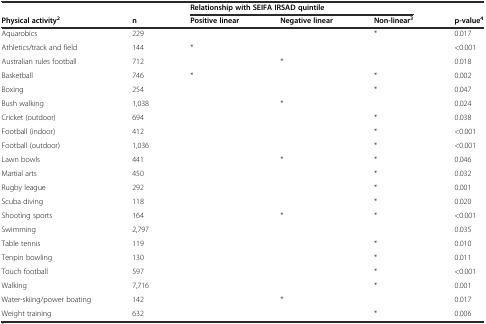
<table><thead><tr><td></td><td></td><td colspan="3"><b>Relationship with SEIFA IRSAD quintile</b></td><td></td></tr><tr><td><b>Physical activity<sup>2</sup></b></td><td><b>n</b></td><td><b>Positive linear</b></td><td><b>Negative linear</b></td><td><b>Non-linear<sup>3</sup></b></td><td><b>p-value<sup>4</sup></b></td></tr></thead><tbody><tr><td>Aquarobics</td><td>229</td><td></td><td></td><td>*</td><td>0.017</td></tr><tr><td>Athletics/track and field</td><td>144</td><td>*</td><td></td><td></td><td>&lt;0.001</td></tr><tr><td>Australian rules football</td><td>712</td><td></td><td>*</td><td></td><td>0.018</td></tr><tr><td>Basketball</td><td>746</td><td>*</td><td></td><td>*</td><td>0.002</td></tr><tr><td>Boxing</td><td>254</td><td></td><td></td><td>*</td><td>0.047</td></tr><tr><td>Bush walking</td><td>1,038</td><td></td><td>*</td><td></td><td>0.024</td></tr><tr><td>Cricket (outdoor)</td><td>694</td><td></td><td></td><td>*</td><td>0.038</td></tr><tr><td>Football (indoor)</td><td>412</td><td></td><td></td><td>*</td><td>&lt;0.001</td></tr><tr><td>Football (outdoor)</td><td>1,036</td><td></td><td></td><td>*</td><td>&lt;0.001</td></tr><tr><td>Lawn bowls</td><td>441</td><td></td><td>*</td><td>*</td><td>0.046</td></tr><tr><td>Martial arts</td><td>450</td><td></td><td></td><td>*</td><td>0.032</td></tr><tr><td>Rugby league</td><td>292</td><td></td><td></td><td>*</td><td>0.001</td></tr><tr><td>Scuba diving</td><td>118</td><td></td><td></td><td>*</td><td>0.020</td></tr><tr><td>Shooting sports</td><td>164</td><td></td><td>*</td><td>*</td><td>&lt;0.001</td></tr><tr><td>Swimming</td><td>2,797</td><td></td><td></td><td></td><td>0.035</td></tr><tr><td>Table tennis</td><td>119</td><td></td><td></td><td>*</td><td>0.010</td></tr><tr><td>Tenpin bowling</td><td>130</td><td></td><td></td><td>*</td><td>0.011</td></tr><tr><td>Touch football</td><td>597</td><td></td><td></td><td>*</td><td>&lt;0.001</td></tr><tr><td>Walking</td><td>7,716</td><td></td><td></td><td>*</td><td>0.001</td></tr><tr><td>Water-skiing/power boating</td><td>142</td><td></td><td>*</td><td></td><td>0.017</td></tr><tr><td>Weight training</td><td>632</td><td></td><td></td><td>*</td><td>0.006</td></tr></tbody></table>